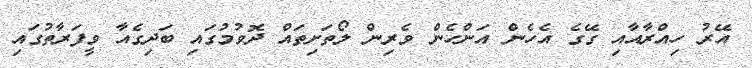
އޭރު ހިއްރާއާއި ގޭގެ އެހެން އަންހެން ވެރިން ލޯތަށިތައް ދޮވުމުގައި ބަދިގެއާ ވީފަރާތުގައި